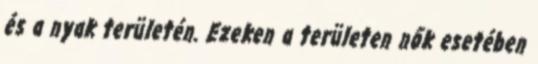
és a nyak területén. Ezeken a területen nők esetében